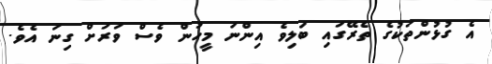
އެ ގުޅުންތަކުގެ ތެރޭގައި ބަލިވެ އިންނަ މީހުން ވެސް ވަރަށް ގިނަ އެވެ.